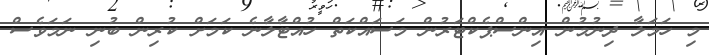
މި ހަމަލާ ދިނުމުން އިންސްޕެކްޓަރުން މަސައްކަތް ހުއްޓާލާނެ ކަމަށް ކުރިން ބުނި ނަމަވެސް